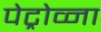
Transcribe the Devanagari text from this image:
पेट्रोव्ना